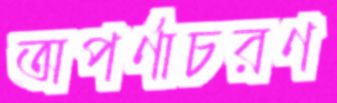
অপর্ণাচরণ